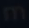
12